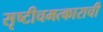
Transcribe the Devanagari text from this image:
सृष्टीचमत्काराची